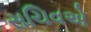
સચિવએ